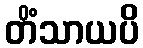
တိံသာယပိ